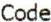
CODE